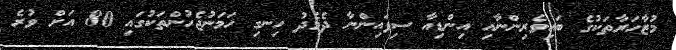
މުޒާހަރާތަކުގެ ބައިވެރިންނާއި އިންޑިއާ ސިފައިންނާ ދެމެދު ހިނގި ހަމަނުޖެހުންތަކުގައި 80 އަށް ވުރެ